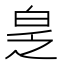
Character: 𬐆